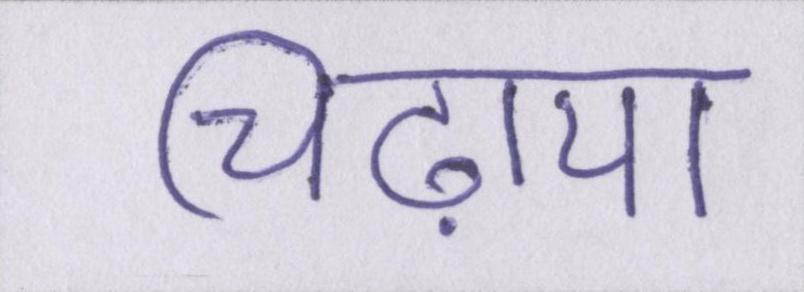
चिढ़ाया